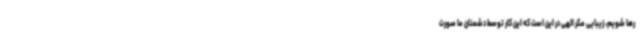
رها شویم، زیبایی مکر الهی در این است که این کار توسط دشمنان ما صورت